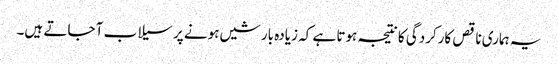
یہ ہماری ناقص کارکردگی کا نتیجہ ہوتا ہے کہ زیادہ بارشیں ہونے پر سیلاب آ جاتے ہیں۔